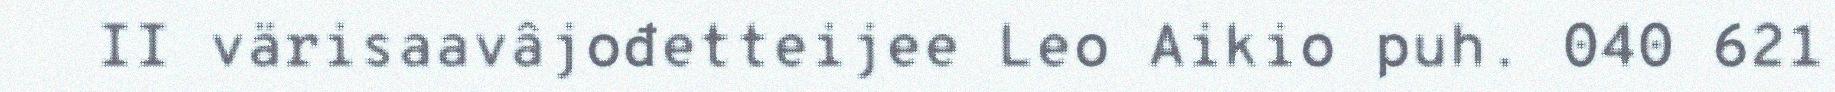
II värisaavâjođetteijee Leo Aikio puh. 040 621